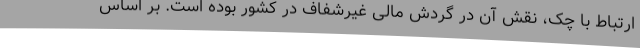
ارتباط با چک، نقش آن در گردش مالی غیرشفاف در کشور بوده است. بر اساس